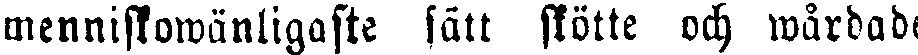
menniskowänligaste sätt stötte och wårdade